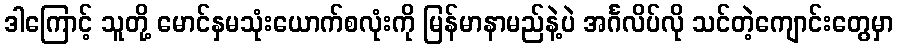
ဒါကြောင့် သူတို့ မောင်နှမသုံးယောက်စလုံးကို မြန်မာနာမည်နဲ့ပဲ အင်္ဂလိပ်လို သင်တဲ့ကျောင်းတွေမှာ